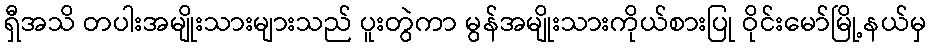
ရှီအသိ တပါးအမျိုးသားများသည် ပူးတွဲကာ မွန်အမျိုးသားကိုယ်စားပြု ဝိုင်းမော်မြို့နယ်မှ